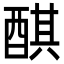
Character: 𨡨